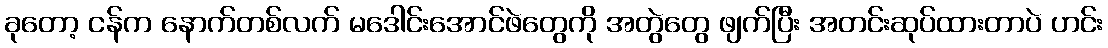
ခုတော့ ငန်က နောက်တစ်လက် မဒေါင်းအောင်ဖဲတွေကို အတွဲတွေ ဖျက်ပြီး အတင်းဆုပ်ထားတာပဲ ဟင်း